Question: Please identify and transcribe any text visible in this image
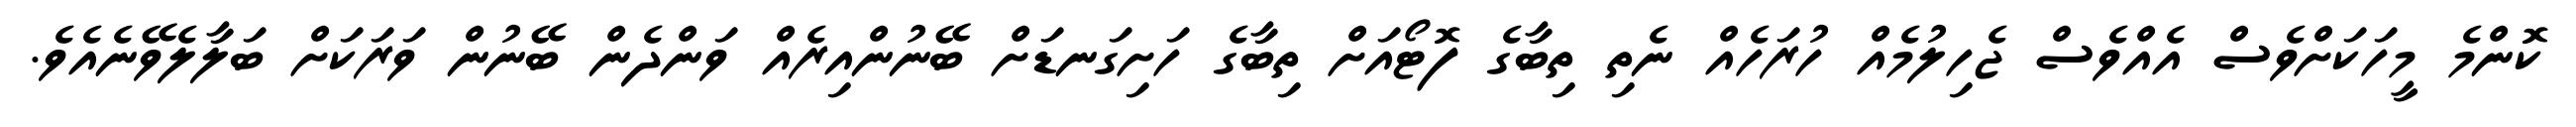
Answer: ކޮންމެ މީހަކަށްވެސް އެއްވެސް ޖެހިލުމެއް ހުރަހެއް ނެތި ތިބާގެ ފޮޓޯއަށް ތިބާގެ ހަށިގަނޑަށް ބޭނުންއިރެއް ވަންދެން ބޭނުން ވަރަކަށް ބަލާލެވޭނެއެވެ.